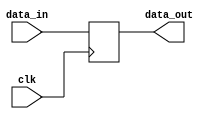
`timescale 1ns / 1ps
//////////////////////////////////////////////////////////////////////////////////
// Company: 
// Engineer: 
// 
// Design Name: 
// Module Name: lab79_include_reset
// Project Name: 
// Target Devices: 
// Tool Versions: 
// Description: 
// 
// Dependencies: 
// 
// Revision:
// Revision 0.01 - File Created
// Additional Comments:
// 
//////////////////////////////////////////////////////////////////////////////////
 //`define INCLUDE_reset_n

module lab79_include_reset #(parameter N=8)(
            input [N-1:0] data_in,
            input clk,
            `ifdef INCLUDE_reset_n
                input reset_n,
            `endif
            output reg [N-1:0] data_out 
            );
            
            
always @(posedge clk  `ifdef INCLUDE_reset_n , negedge reset_n `endif)
begin
     `ifdef INCLUDE_reset_n
     if(!reset_n)
        data_out <= 8'b0 ;
     else
     `endif    
        data_out <= data_in ;
end    

endmodule